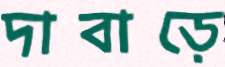
দাবাড়ে